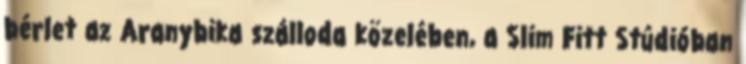
bérlet az Aranybika szálloda közelében, a Slim Fitt Stúdióban